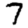
Digit: 7